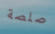
صلصة